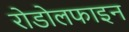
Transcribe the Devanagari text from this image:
रोडोलफाइन